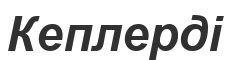
Кеплерді